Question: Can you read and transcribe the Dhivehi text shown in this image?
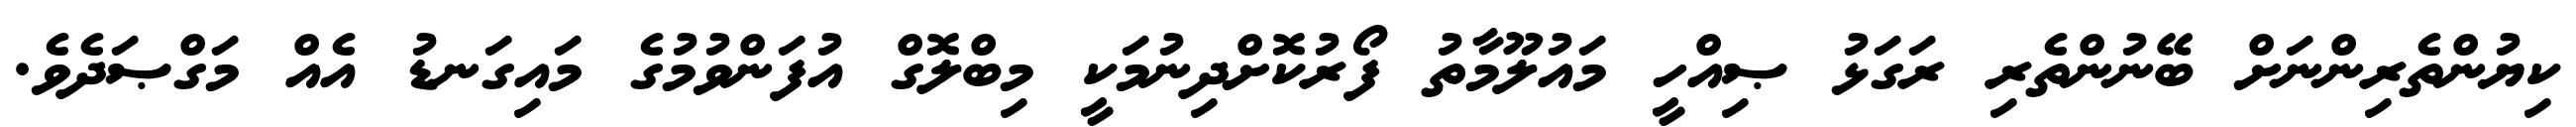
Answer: ކިޔުންތެރިންނަށް ބޭނުންތެރި ރަގަޅު ޞިއްހީ މައުލޫމާތު ފޯރުކޮށްދިނުމަކީ މިބްލޮގް އުފަންވުމުގެ މައިގަނޑު އެއް މަގްޞަދެވެ.